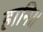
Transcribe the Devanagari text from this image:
हानि॥